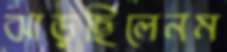
ঝাড়ছিলেনম